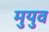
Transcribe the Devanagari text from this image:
मुयुव